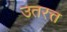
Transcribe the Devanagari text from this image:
उतरत्त